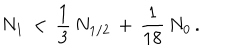
N _ { 1 } \, < \, \frac 1 3 \, N _ { 1 / 2 } \, + \, \frac { 1 } { 1 8 } \, N _ { 0 } \, .